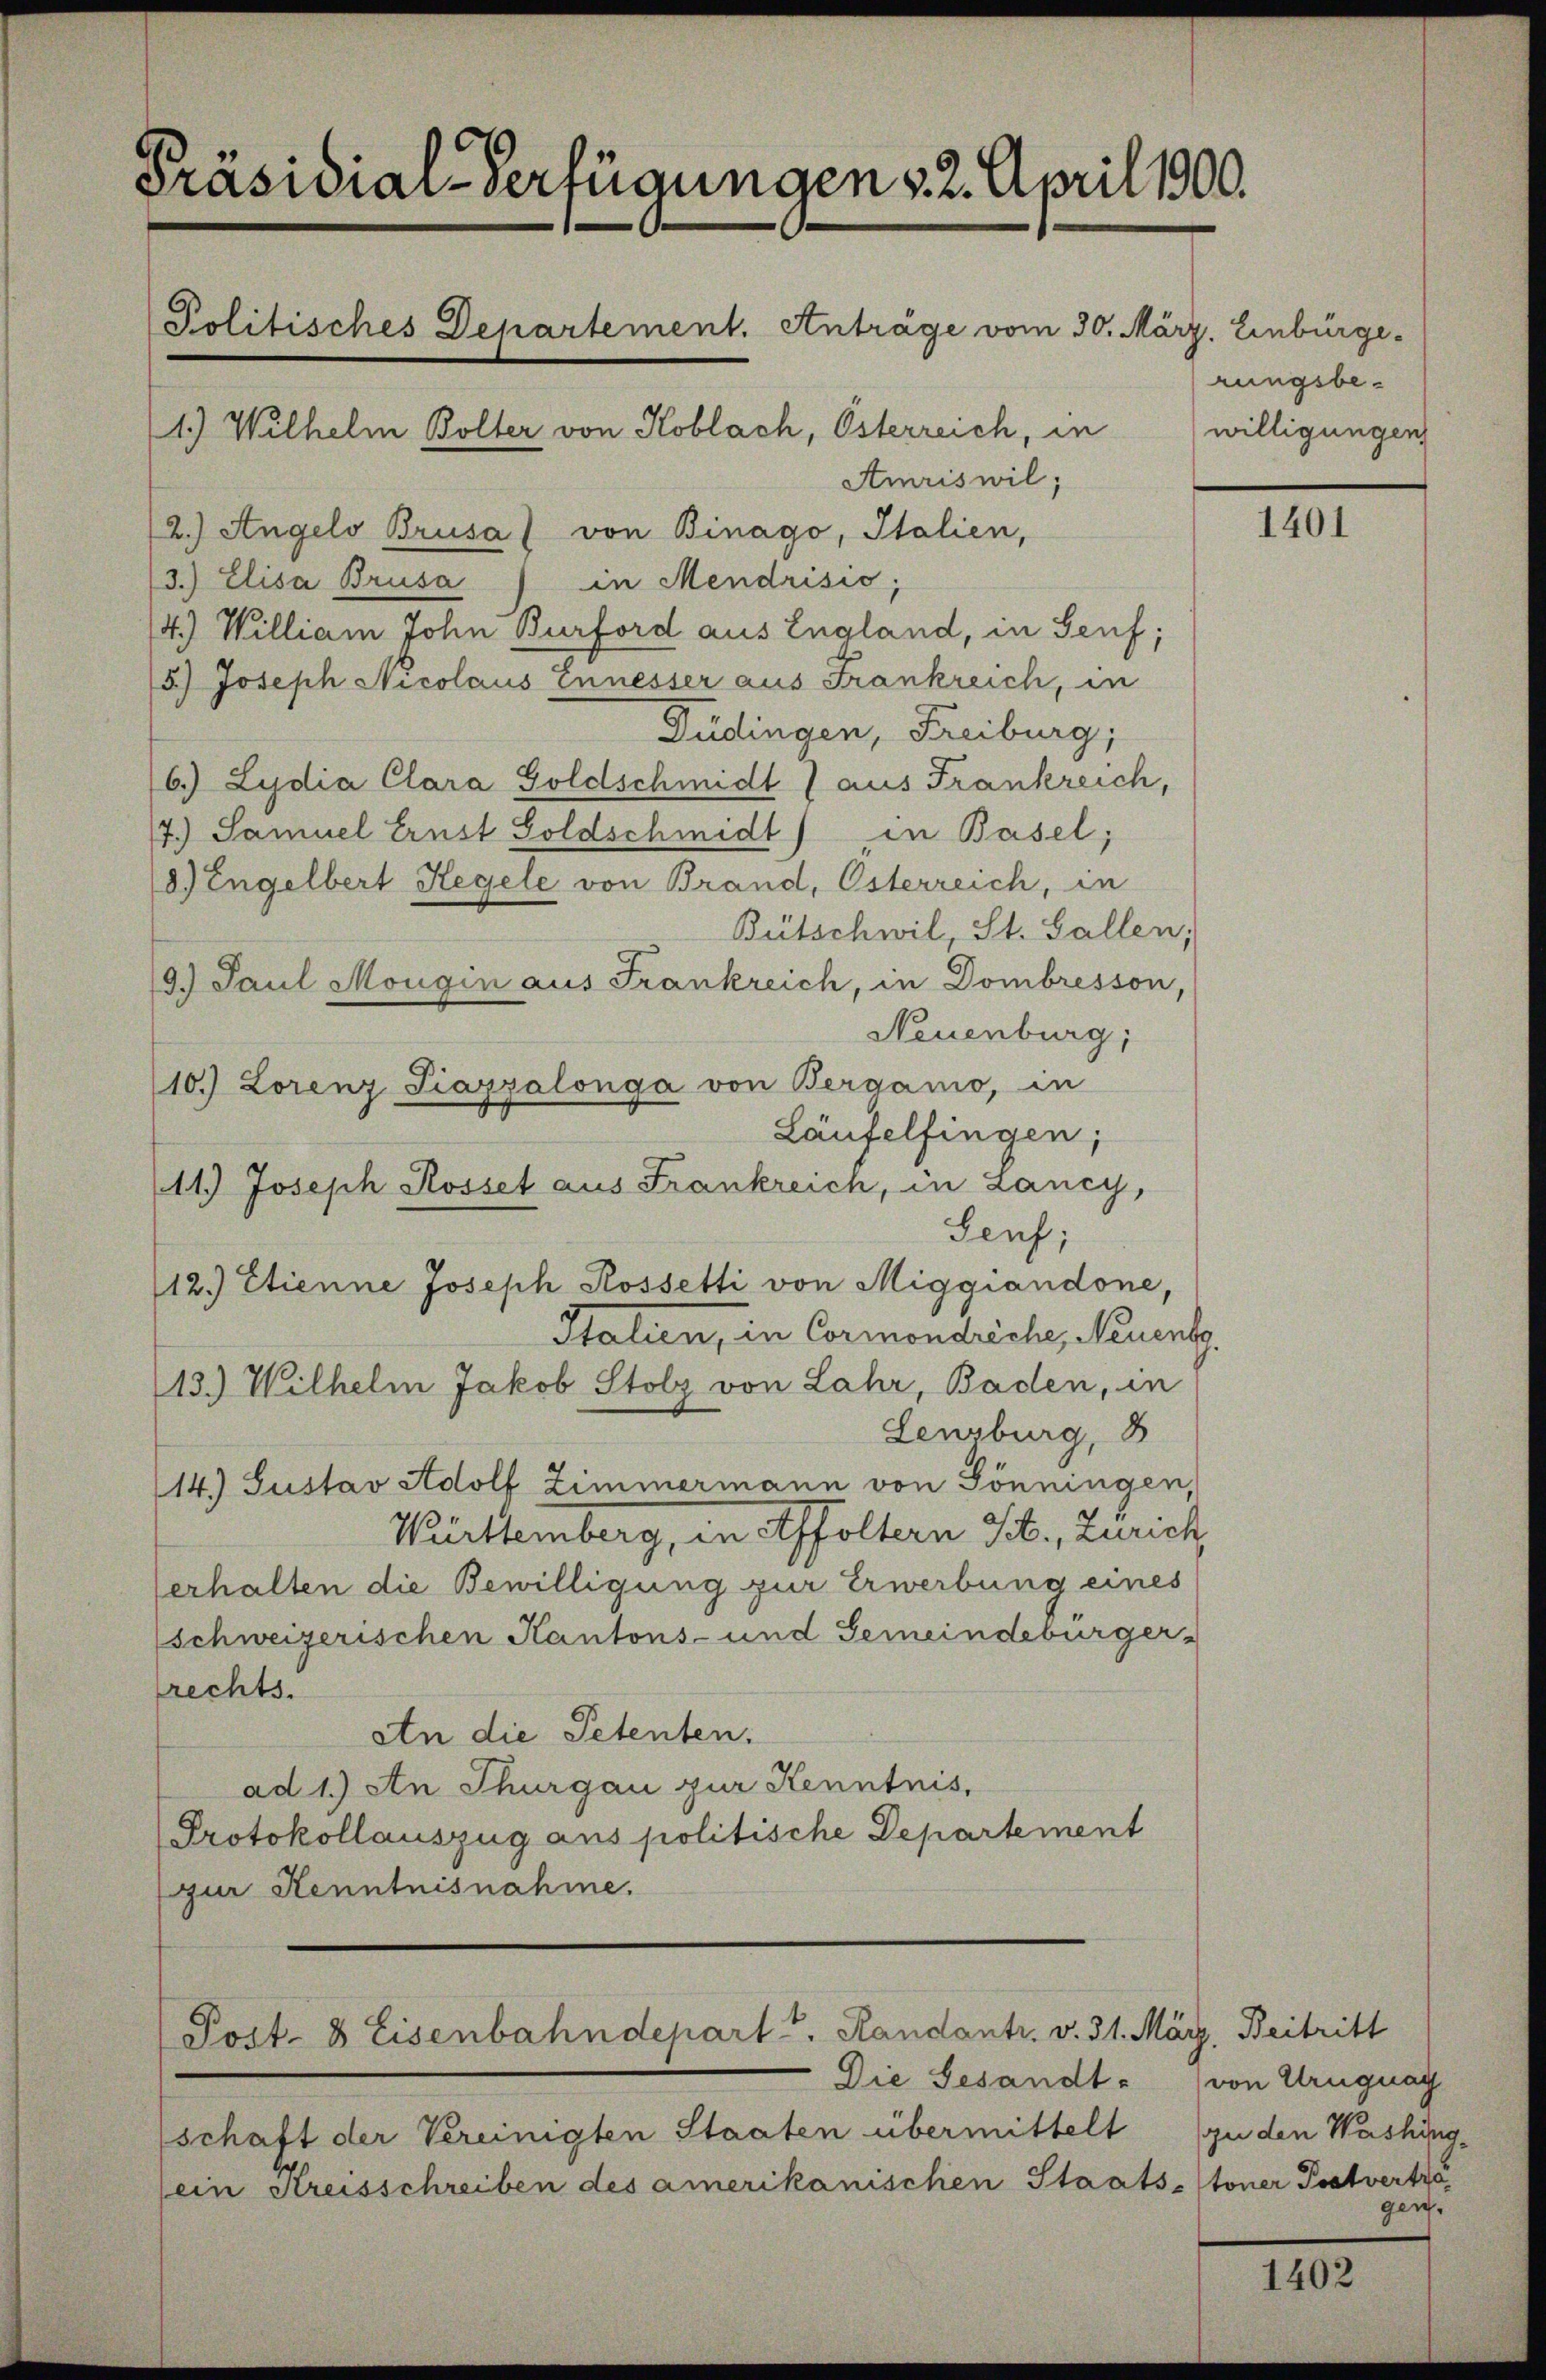
Präsidial-Verfügungen 22. April 1900.
Politisches Departement. Anträge vom 30. März. Einbürge¬
(1.) Wilhelm Bolter von Koblach, Osterreich, in
Amriswil;

10.) Lorenz Piazzalonga von Bergano, in

Post- 8 Eisenbahndepart v. Randants. v. 31. März. Beitritt

2.) Angelo Brusal von Binago, Italien,
in Mendrisić,
3.) Elisa Brusa
4.) William John Burford aus England, in Senf;
5.) Joseph Nicolaus Ennesser aus Frankreich, in
Düdingen, Freiburg,
6.) Lydia Clara Goldschmidt aus Frankreich,
7.) Samuel Ernst Soldschmidt) in Basel;
8.) Engelbert Hegele von Brand, Osterreich, in
Bütschwil, St. Gallen,
19.) Paul Mougin aus Frankreich, in Dombresson,
Neuenburg,
Läufelfingen;
11.) Joseph Rosset aus Frankreich, in Lancy,
Seuf;
12.) Etienne Joseph Rossetti von Miggiandone,
Italien, in Cormondreche, Neuenbg.
13.) Wilhelm Jakob Stolz von Lahr, Baden, in
Lenzburg, B
14.) Gustav Adolf Zimmermann von Tönningen,
Württemberg, in Affoltern Tit. Zürich,
erhalten die Bewilligung zur Erwerbung eines
schweizerischen Kantons- und Gemeindebürger
rechts.
An die Petenten.
ad 1.) An Thurgau zur Kenntnis,
Protokollauszug aus politische Departement
gur Kenntnisnahme.

schaft der Vereinigten Staaten übermittelt
sein Kreisschreiben des amerikanischen Staats-toner Postvertra

Die Gesandt-

rungsbewilligungen

1401

von Uruguay
zu den Washing
gen.

1402